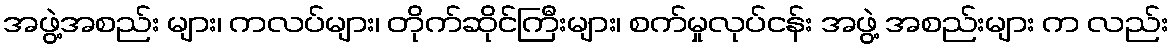
အဖွဲ့အစည်း များ၊ ကလပ်များ၊ တိုက်ဆိုင်ကြီးများ၊ စက်မှုလုပ်ငန်း အဖွဲ့ အစည်းများ က လည်း